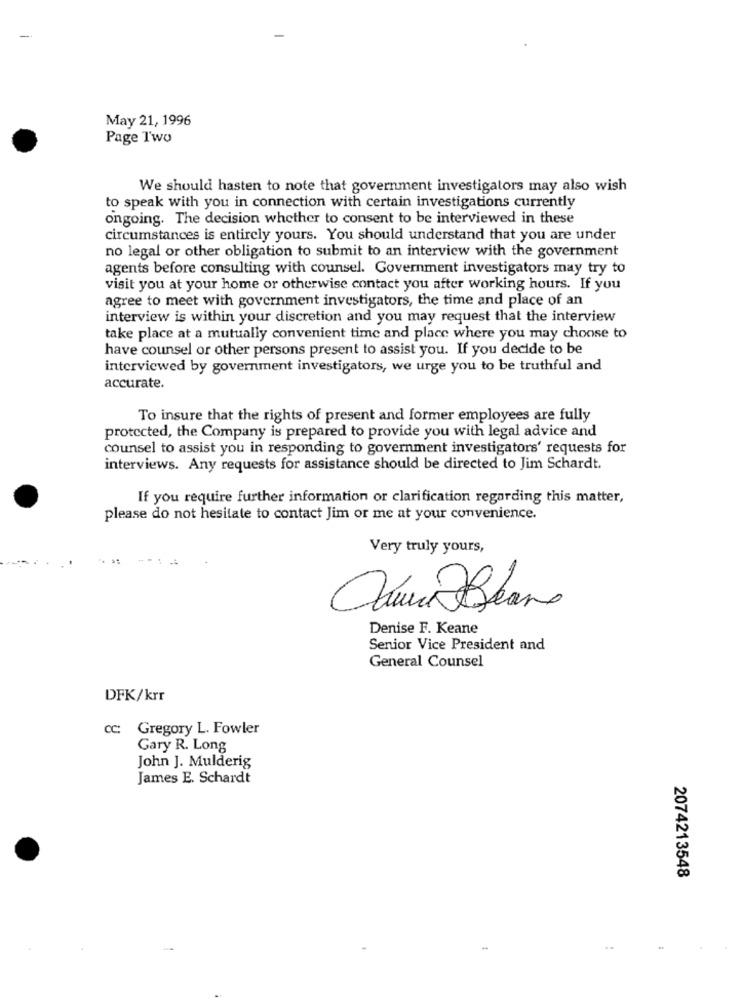
May 21, 1996
Page Two
We should hasten to note that government investigators may also wish
to speak with you in connection with certain investigations currently
ongoing. The decision whether to consent to be interviewed in these
circumstances is entirely yours. You should understand that you are under
no legal or other obligation to submit to an interview with the government
agents before consulting with counsel. Government investigators may try to
visit you at your home or otherwise contact you after working hours. If you
agree to meet with government investigators, the time and place of an
interview is within your discretion and you may request that the interview
take place at a mutually convenient time and place where you may choose to
have counsel or other persons present to assist you. If you decide to be
interviewed by government investigators, we urge you to be truthful and
accurate.
To insure that the rights of present and former employees are fully
protected, the Company is prepared to provide you with legal advice and
counsel to assist you in responding to government investigators' requests for
interviews. Any requests for assistance should be directed to Jim Schardt.
If you require further information or clarification regarding this matter,
please do not hesitate to contact Jim or me at your convenience.
Very truly yours,
Denise F. Keane
Senior Vice President and
General Counsel
DFK/krr
cc: Gregory L. Fowler
Gary R. Long
John J. Mulderig
James E. Schardt
2074213548